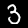
Digit: 3